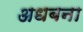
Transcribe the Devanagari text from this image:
अधबना